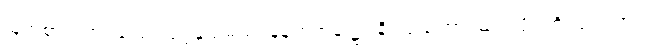
မြတ်စွာဘုရားသည်။ ပုဗ္ဗနှသမယံ၊ နံနက်အခါ၌။ နိဝါသေတွာ၊ သင်းပိုင်ကို ပြင်ဝတ်၍။